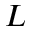
L